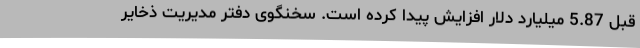
قبل 5.87 میلیارد دلار افزایش پیدا کرده است. سخنگوی دفتر مدیریت ذخایر